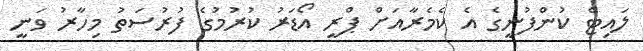
ލައިޓް ކުންފުނީގެ އެ ކެމެރާއަށް ޕްރީ އޯޑަރު ކުރުމުގެ ފުރުސަތު މިހާރު ވަނީ